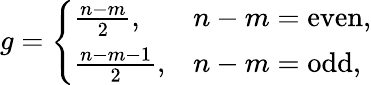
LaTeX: g=\left\{ \begin{array}{ll}{\frac{n-m}{2},}&{n-m=\mathrm{even},}\\ {\frac{n-m-1}{2},}&{n-m=\mathrm{odd},}\end{array}\right.